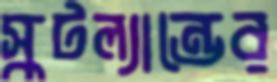
স্কটল্যান্ডের